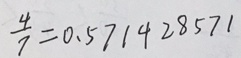
\frac { 4 } { 7 } = 0 . 5 7 1 4 2 8 5 7 1